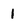
Character: 1